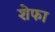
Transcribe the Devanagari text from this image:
शेफा